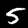
Label: 5